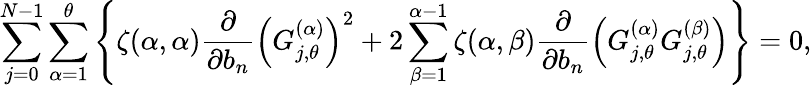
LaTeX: \sum_{j=0}^{N-1}\sum_{\alpha=1}^{\theta}\left\{ \zeta(\alpha,\alpha)\frac{\partial}{\partial b_{n}}\left(G_{j,\theta}^{(\alpha)}\right)^{2}+2\sum_{\beta=1}^{\alpha-1}\zeta(\alpha,\beta)\frac{\partial}{\partial b_{n}}\left(G_{j,\theta}^{(\alpha)}G_{j,\theta}^{(\beta)}\right)\right\} =0,